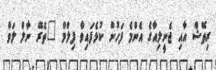
ރިތޭޝް އާއި ޖެނީލިއާގެ އެންމެ ފަހުން ކުޅެފައިވާ ފިލްމް "ތެރޭ ނާލް ލަވް